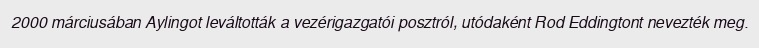
2000 márciusában Aylingot leváltották a vezérigazgatói posztról, utódaként Rod Eddingtont nevezték meg.